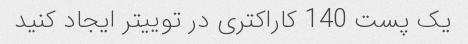
یک پست 140 کاراکتری در توییتر ایجاد کنید